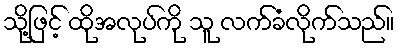
သို့ဖြင့် ထိုအလုပ်ကို သူ လက်ခံလိုက်သည်။